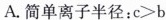
A.简单离子半径：$$c>b$$